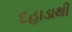
દહાડાથી